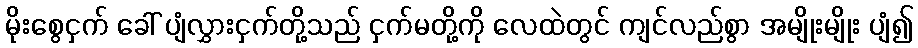
မိုးစွေငှက် ခေါ် ပျံလွှားငှက်တို့သည် ငှက်မတို့ကို လေထဲတွင် ကျင်လည်စွာ အမျိုးမျိုး ပျံ၍